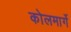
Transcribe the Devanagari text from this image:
कोलमार्गे